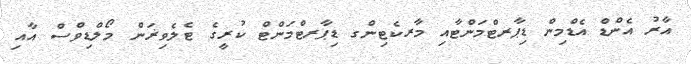
އާރު އެންޑް އެޑްމިން ޑިޕާރޓްމަންޓާއި މާރކެޓިންގ ޑިޕާރޓްމަންޓް ކުރީގެ ޓެލެވިޜަން މޯލްޑިވްސް އާއި